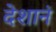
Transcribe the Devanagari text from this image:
देशानं